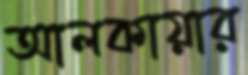
আলকায়ার